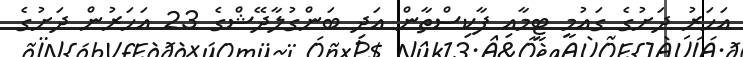
އަހަރު ދަށުގެ ގައުމީ ޓީމާއި ފާކިސްތާން އަދި ބަންގުލާދޭޝްގެ 23 އަހަރުން ދަށުގެ